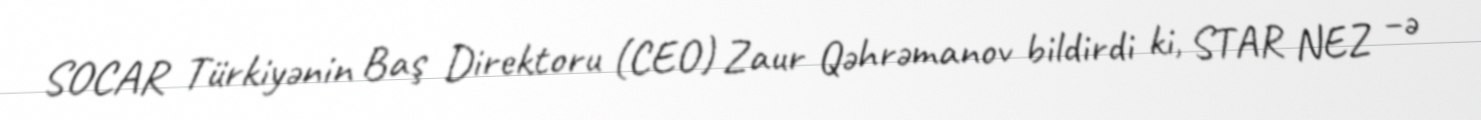
SOCAR Türkiyənin Baş Direktoru (CEO) Zaur Qəhrəmanov bildirdi ki, STAR NEZ –ə